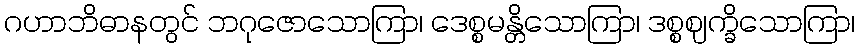
ဂဟာဘိဓာနတွင် ဘဂုဇောသောကြာ၊ ဒေစ္စမန္တိသောကြာ၊ ဒစ္စဈက္ခိသောကြာ၊